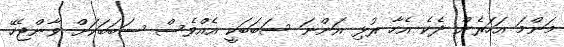
މަންމަ އަހަރެން ދެކެ އެހާ ރުޅި އަންނަ ސަބަބަކީ އެއްވެސް ސަބަބަކަށް ވާންޖެހޭ